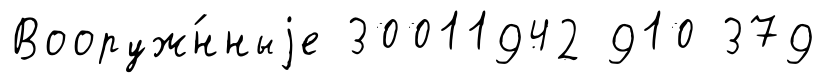
Вооруж́нныjе 30011942 910 379